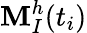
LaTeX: \mathbf{M}_{I}^{h}(t_{i})